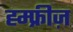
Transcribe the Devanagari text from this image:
ह्म्फ्रीज़